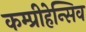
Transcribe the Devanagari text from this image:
कम्प्रीहेन्सिव